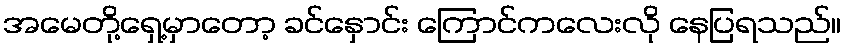
အမေတို့ရှေ့မှာတော့ ခင်နှောင်း ကြောင်ကလေးလို နေပြရသည်။